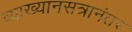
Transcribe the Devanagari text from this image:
व्याख्यानसत्रानंतर